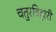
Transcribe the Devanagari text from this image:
चतुरविहारी